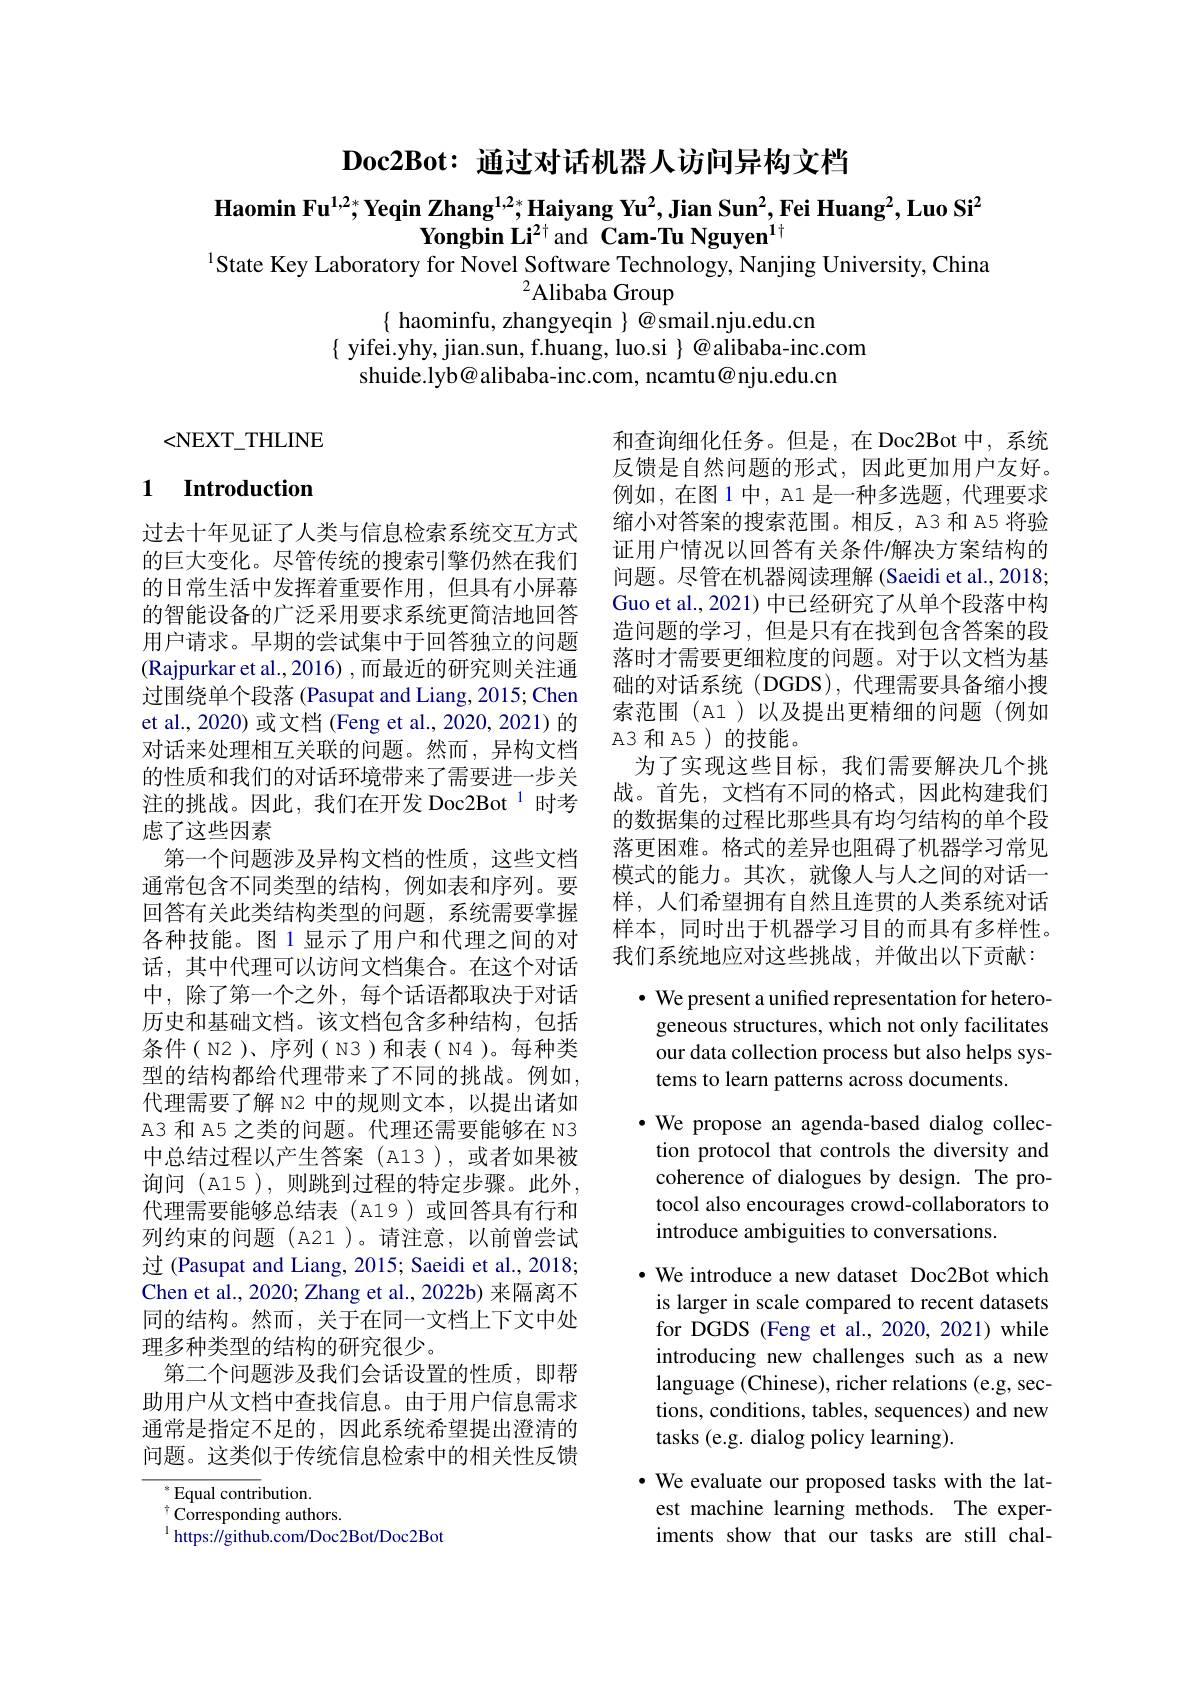
$\textbf{Doc2Bot: 通 过 对 话 机 器 人 访 问 异 构 文 档 }$

$\textbf{Haomin Fu}^{1,2*};\textbf{Yeqin Zhang}^{1,2*};\textbf{Haiyang Yu}^2,\textbf{Jian Sun}^2,\textbf{Fei Huang}^2,\textbf{Luo Si}^2$
Yongbin Li$^{2\dagger}$and Cam-Tu Nguyen$^1\dagger$
$^{1}$State Key Laboratory for Novel Software Technology, Nanjing University, China
$^{2}$Alibaba Group
$\{$ haominfu, zhangyeqin $\}\textcircled{a}$smail.nju.edu.cn
$\{$ yifei.yhy, jian.sun, f.huang, luo.si $\}@$alibaba-inc.com
shuide.lyb@alibaba-inc.com, ncamtu@nju.edu.cn

<NEXT$\_$THLINE

# 1 Introduction

和查询细化任务。但是，在 Doc2Bot 中，系统反馈是自然问题的形式，因此更加用户友好。例如，在图 1 中，A1 是一种多选题，代理要求缩小对答案的搜索范围。相反，A3 和 A5 将验证用户情况以回答有关条件$\prime$解决方案结构的问题。尽管在机器阅读理解 (Saeidi et al., 2018; Guo et al., 2021) 中已经研究了从单个段落中构造问题的学习，但是只有在找到包含答案的段落时才需要更细粒度的问题。对于以文档为基础的对话系统(DGDS),代理需要具备缩小搜索范围(A1)以及提出更精细的问题(例如$\mathbb{A}$3 和 A5)的技能。
为了实现这些目标，我们需要解决几个挑战。首先，文档有不同的格式，因此构建我们的数据集的过程比那些具有均匀结构的单个段落更困难。格式的差异也阻碍了机器学习常见模式的能力。其次，就像人与人之间的对话一样，人们希望拥有自然且连贯的人类系统对话样本，同时出于机器学习目的而具有多样性。我们系统地应对这些挑战，并做出以下贡献：
$\cdot$ We present a unified representation for hetero-

过去十年见证了人类与信息检索系统交互方式的巨大变化。尽管传统的搜索引擎仍然在我们的日常生活中发挥着重要作用，但具有小屏幕的智能设备的广泛采用要求系统更简洁地回答用户请求。早期的尝试集中于回答独立的问题(Rajpurkar et al., 2016) , 而最近的研究则关注通过围绕单个段落 (Pasupat and Liang, 2015; Chen et al., 2020) 或文档 (Feng et al., 2020, 2021)的对话来处理相互关联的问题。然而，异构文档的性质和我们的对话环境带来了需要进一步关注的挑战。因此，我们在开发 Doc2Bot $^{1}$时考虑了这些因素
第一个问题涉及异构文档的性质，这些文档通常包含不同类型的结构，例如表和序列。要回答有关此类结构类型的问题，系统需要掌握各种技能。图1显示了用户和代理之间的对话，其中代理可以访问文档集合。在这个对话中，除了第一个之外，每个话语都取决于对话历史和基础文档。该文档包含多种结构，包括条件( N2 )、序列( N3 )和表( N4 )。每种类型的结构都给代理带来了不同的挑战。例如， 代理需要了解 N2 中的规则文本，以提出诸如A3 和 A5 之类的问题。代理还需要能够在 N3中总结过程以产生答案(A13),或者如果被询问 (A15 ), 则跳到过程的特定步骤。此外， 代理需要能够总结表(A19)或回答具有行和列约束的问题(A21)。请注意，以前曾尝试过 (Pasupat and Liang, 2015; Saeidi et al., 2018; Chen et al., 2020; Zhang et al., 2022b) 来隔离不同的结构。然而，关于在同一文档上下文中处理多种类型的结构的研究很少。
第二个问题涉及我们会话设置的性质，即帮助用户从文档中查找信息。由于用户信息需求通常是指定不足的，因此系统希望提出澄清的问题。这类似于传统信息检索中的相关性反馈
$^{*}$Equal contribution.

geneous structures, which not only facilitates

our data collection process but also helps sys-

tems to learn patterns across documents.

$\cdot$ We propose an agenda-based dialog collec-

tion protocol that controls the diversity and

coherence of dialogues by design. The pro-

tocol also encourages crowd-collaborators to

introduce ambiguities to conversations.

$\cdot$ We introduce a new dataset Doc2Bot which is larger in scale compared to recent datasets for DGDS (Feng et al., 2020, 2021) while introducing new challenges such as a new language (Chinese), richer relations (e.g, sections, conditions, tables, sequences) and new tasks (e.g. dialog policy learning).

$\cdot$ We evaluate our proposed tasks with the latest machine learning methods. The experiments show that our tasks are still chal-

$^{\dagger}$Corresponding authors.
$^{1}$https://github.com/Doc2Bot/Doc2Bot